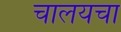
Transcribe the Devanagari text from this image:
चालयचा